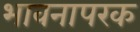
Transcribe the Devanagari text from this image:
भावनापरक